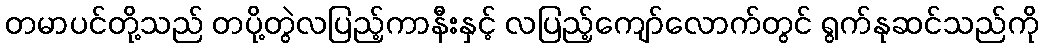
တမာပင်တို့သည် တပို့တွဲလပြည့်ကာနီးနှင့် လပြည့်ကျော်လောက်တွင် ရွက်နုဆင်သည်ကို